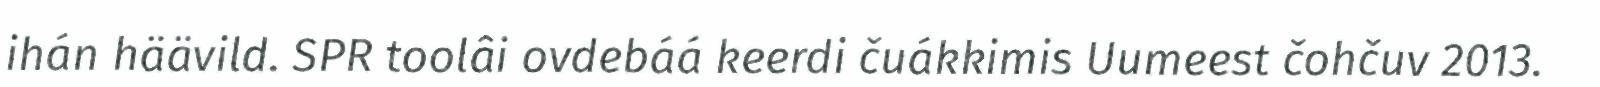
ihán häävild. SPR toolâi ovdebáá keerdi čuákkimis Uumeest čohčuv 2013.